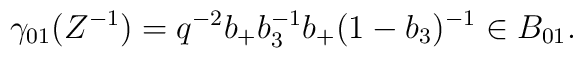
\gamma_{01} (Z^{-1}) = q^{-2} b_+b_3^{-1}b_+(1-b_3)^{-1}\in B_{01}.